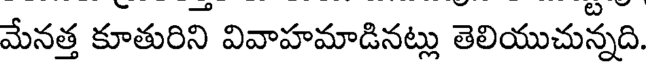
మేనత్త కూతురిని వివాహమాడినట్లు తెలియుచున్నది.